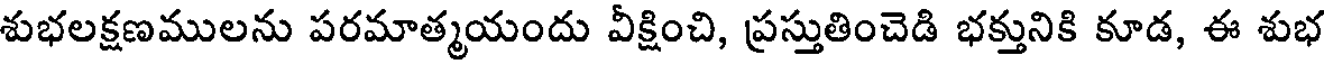
శుభలక్షణములను పరమాత్మయందు వీక్షించి, ప్రస్తుతించెడి భక్తునికి కూడ, ఈ శుభ